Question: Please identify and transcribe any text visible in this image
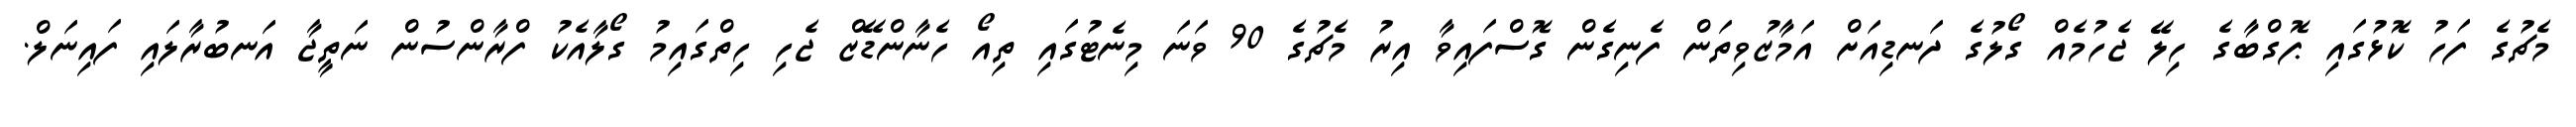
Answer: މެޗުގެ ފަހު ކޮޅުގައި ޕޮގްބާގެ ހިލޭ ޖެހުމެއް ގޯލުގެ ދަނޑިއަށް އަމާޒުވިތަން ފެނިގެން ގޮސްފައިވާ އިރު މެޗުގެ 90 ވަނަ މިނެޓުގައި ތިއޯ ހެނާންޑޭޒް ޖެހި ހިތްގައިމު ގޯލާއެކު ފްރާންސުން ނަތީޖާ އަނބުރާލައި ފައިނަލް.